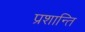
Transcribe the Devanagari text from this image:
प्रशान्ति